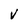
Character: V